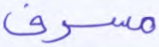
مسرف